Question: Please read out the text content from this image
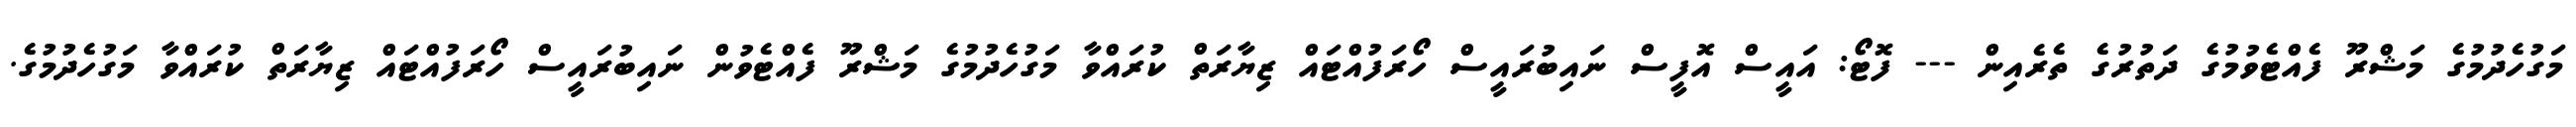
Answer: މަގުހެދުމުގެ މަޝްރޫ ފެއްޓެވުމުގެ ދަތުރުގެ ތެރެއިން --- ފޮޓޯ: އައީސް އޮފީސް ނައިބުރައީސް ހޯރަފުއްޓައް ޒިޔާރަތް ކުރައްވާ މަގުހެދުމުގެ މަޝްރޫ ފެއްޓެވުން ނައިބުރައީސް ހޯރަފުއްޓައް ޒިޔާރަތް ކުރައްވާ މަގުހެދުމުގެ.